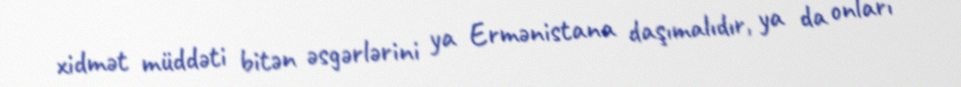
xidmət müddəti bitən əsgərlərini ya Ermənistana daşımalıdır, ya da onları